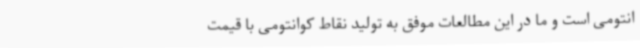
انتومی است و ما در این مطالعات موفق به تولید نقاط کوانتومی با قیمت